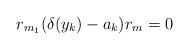
LaTeX: \begin{align*}r_{m_1}(\delta(y_k)-a_k)r_{m}=0\end{align*}